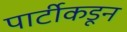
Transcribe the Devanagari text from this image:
पार्टीकडून